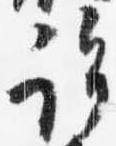
許